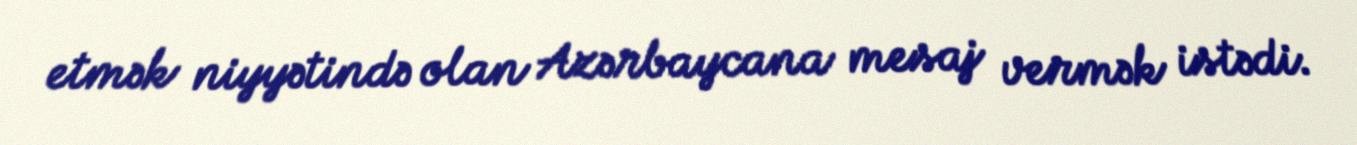
etmək niyyətində olan Azərbaycana mesaj vermək istədi.